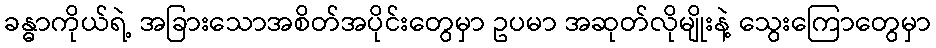
ခန္ဓာကိုယ်ရဲ့ အခြားသောအစိတ်အပိုင်းတွေမှာ ဥပမာ အဆုတ်လိုမျိုးနဲ့ သွေးကြောတွေမှာ